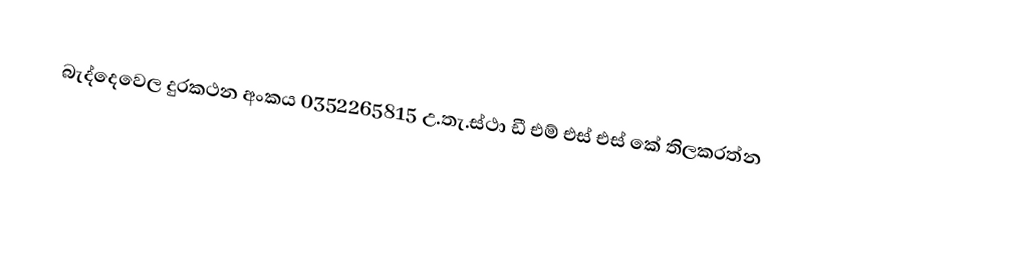
බැද්දෙවෙල  දුරකථන අංකය 0352265815 උ.තැ.ස්ථා ඩී එම් එස් එස් කේ තිලකරත්න